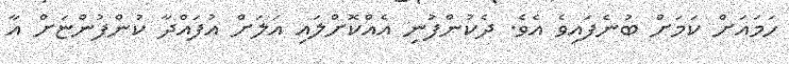
ހަމައަށް ކަމަށް ބުނެފައިވެ އެވެ. ދެކުންފުނި އެއްކޮށްލައި އަލަށް އުފައްދާ ކުންފުންޏަށް އާ